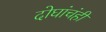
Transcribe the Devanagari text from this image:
दोघांचंही